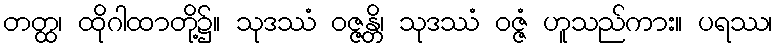
တတ္ထ၊ ထိုဂါထာတို့၌။ သုဒဿံ ဝဇ္ဇန္တိ၊ သုဒဿံ ဝဇ္ဇံ ဟူသည်ကား။ ပရဿ၊